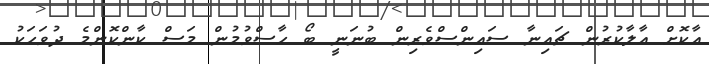
އާކޮށް އާލާކުރުން ޗައިނާ ސައިންސްވެރިން ބުނަނީ ބޯ ހާސްވުމުން މަސް ކާންކޮންމެ ދުވަހަކު